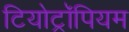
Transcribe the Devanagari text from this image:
टियोट्रॉपियम